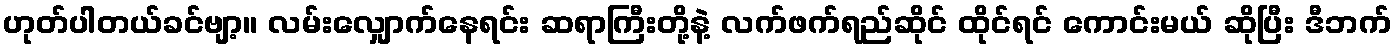
ဟုတ်ပါတယ်ခင်ဗျာ့။ လမ်းလျှောက်နေရင်း ဆရာကြီးတို့နဲ့ လက်ဖက်ရည်ဆိုင် ထိုင်ရင် ကောင်းမယ် ဆိုပြီး ဒီဘက်